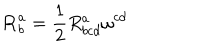
LaTeX: \mathbf { R } _ { b } ^ { a } = \frac { 1 } { 2 } R _ { b c d } ^ { a } \mathbf { \omega } ^ { c d }